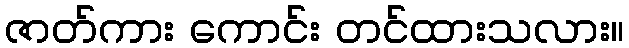
ဇာတ်ကား ကောင်း တင်ထားသလား။